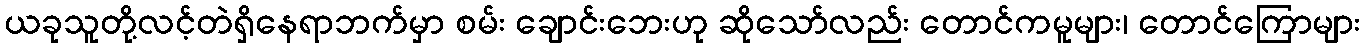
ယခုသူတို့လင့်တဲရှိနေရာဘက်မှာ စမ်း ချောင်းဘေးဟု ဆိုသော်လည်း တောင်ကမူများ၊ တောင်ကြောများ